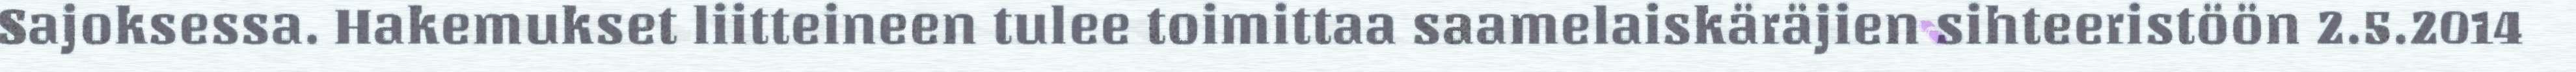
Sajoksessa. Hakemukset liitteineen tulee toimittaa saamelaiskäräjien sihteeristöön 2.5.2014